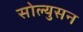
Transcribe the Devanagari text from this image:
सोल्युसन